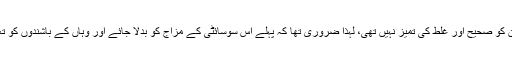
کیونکہ جس سوسائٹی میں اسلام کا کام ہونا تھا اس سوسائٹی کے لوگ جاہل تھے، ان کو صحیح اور غلط کی تمیز نہیں تھی، لہذا ضروری تھا کہ پہلے اس سوسائٹی کے مزاج کو بدلا جائے اور وہاں کے باشندوں کو تعلیم دی جائے تاکہ وہ صحیح اور غلط کے مابین خود تمیز کرنے کے قابل ہوجائیں۔